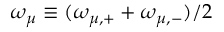
\omega _ { \mu } \equiv ( \omega _ { \mu , + } + \omega _ { \mu , - } ) / 2